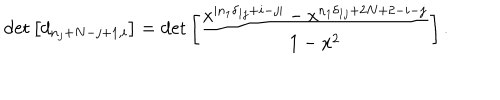
\det \left[ d _ { n _ { j } + N - j + 1 , i } \right] = \det \left[ \frac { x ^ { | n _ { 1 } \delta _ { 1 j } + i - j | } - x ^ { n _ { 1 } \delta _ { 1 j } + 2 N + 2 - i - j } } { 1 - x ^ { 2 } } \right] .